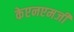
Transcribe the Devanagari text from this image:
केएनएमजी